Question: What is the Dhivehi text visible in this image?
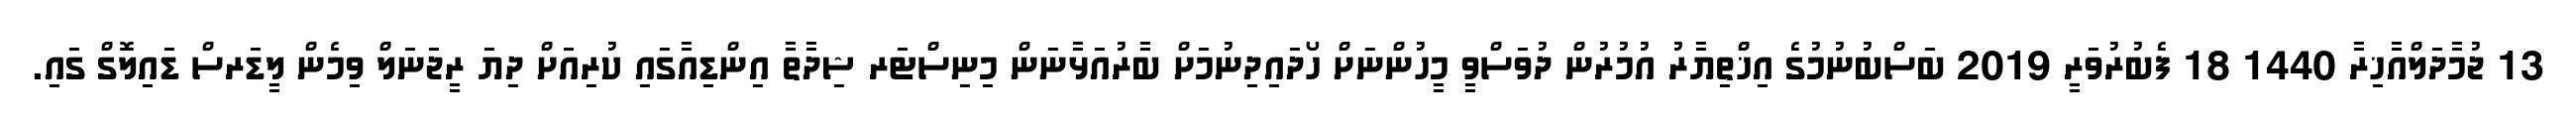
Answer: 13 ޖުމާދަލްއާޚިރާ 1440 18 ފެބުރުވަރީ 2019 ބަސްބުނުމުގެ އިޚްތިޔާރު އުމުރުން ދުވަސްވީ މީހުންނަށް ހޯދައިދިނުމަށް ބާރުއަޅާނަން މިނިސްޓަރ ޝިދާތާ އިންޑިއާގައި ކުރިއަށް ދިޔަ ރީޖަނަލް ވިމެން ލީޑަރސް ޑައިލޮގް ގައި.